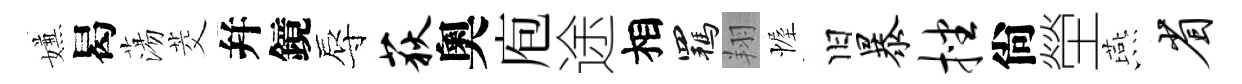
嫌曷蕩茭幷鏡辱荻奧庖途相羈翔幄旧暴挫尙塋燕省